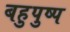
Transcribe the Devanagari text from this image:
बहुपुष्प